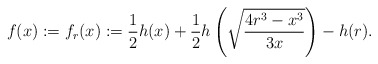
\begin{align*} f(x) := f_{r} (x) := \frac{1}{2}h(x) + \frac12 h\left(\sqrt{\frac{4r^3-x^3}{3x}} \right) - h(r).\end{align*}